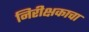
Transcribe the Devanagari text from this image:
निरीक्षकाचा